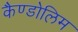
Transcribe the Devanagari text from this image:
कैण्डोलिम